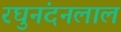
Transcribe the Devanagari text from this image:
रघुनंदनलाल